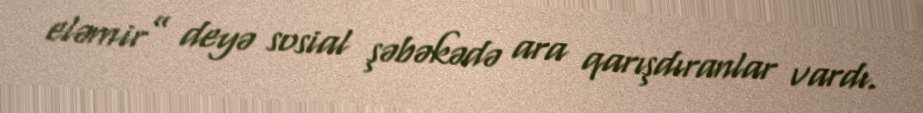
eləmir” deyə sosial şəbəkədə ara qarışdıranlar vardı.